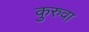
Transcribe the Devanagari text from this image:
कुरुवा